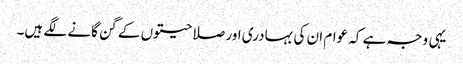
یہی وجہ ہے کہ عوام ان کی بہادری اور صلاحیتوں کے گن گانے لگے ہیں۔